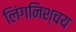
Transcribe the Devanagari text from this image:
लिंगनिश्चय